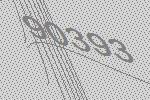
90393